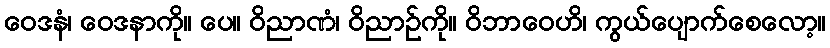
ဝေဒနံ၊ ဝေဒနာကို။ ပေ။ ဝိညာဏံ၊ ဝိညာဉ်ကို။ ဝိဘာဝေဟိ၊ ကွယ်ပျောက်စေလော့။